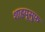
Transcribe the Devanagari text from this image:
शाहयूसुफ